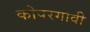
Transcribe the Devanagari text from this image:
कोपरगावी